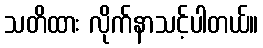
သတိထား လိုက်နာသင့်ပါတယ်။